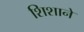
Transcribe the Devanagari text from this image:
शिशाने